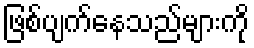
ဖြစ်ပျက်နေသည်များကို